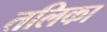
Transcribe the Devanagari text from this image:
तलिका